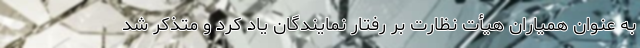
به عنوان همیاران هیأت نظارت بر رفتار نمایندگان یاد کرد و متذکر شد